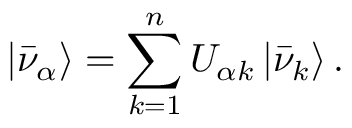
| \bar { \nu } _ { \alpha } \rangle = \sum _ { k = 1 } ^ { n } U _ { { \alpha } k } \, | \bar { \nu } _ { k } \rangle \, .